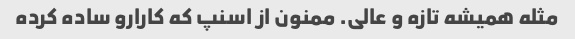
مثله همیشه تازه و عالی. ممنون از اسنپ که کارارو ساده کرده